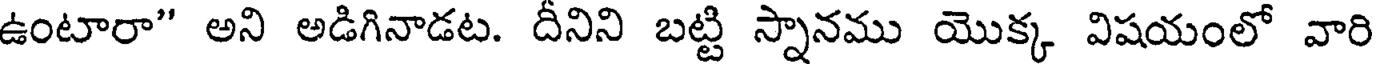
ఉంటారా" అని అడిగినాడట. దీనిని బట్టి స్నానము యొక్క విషయంలో వారి